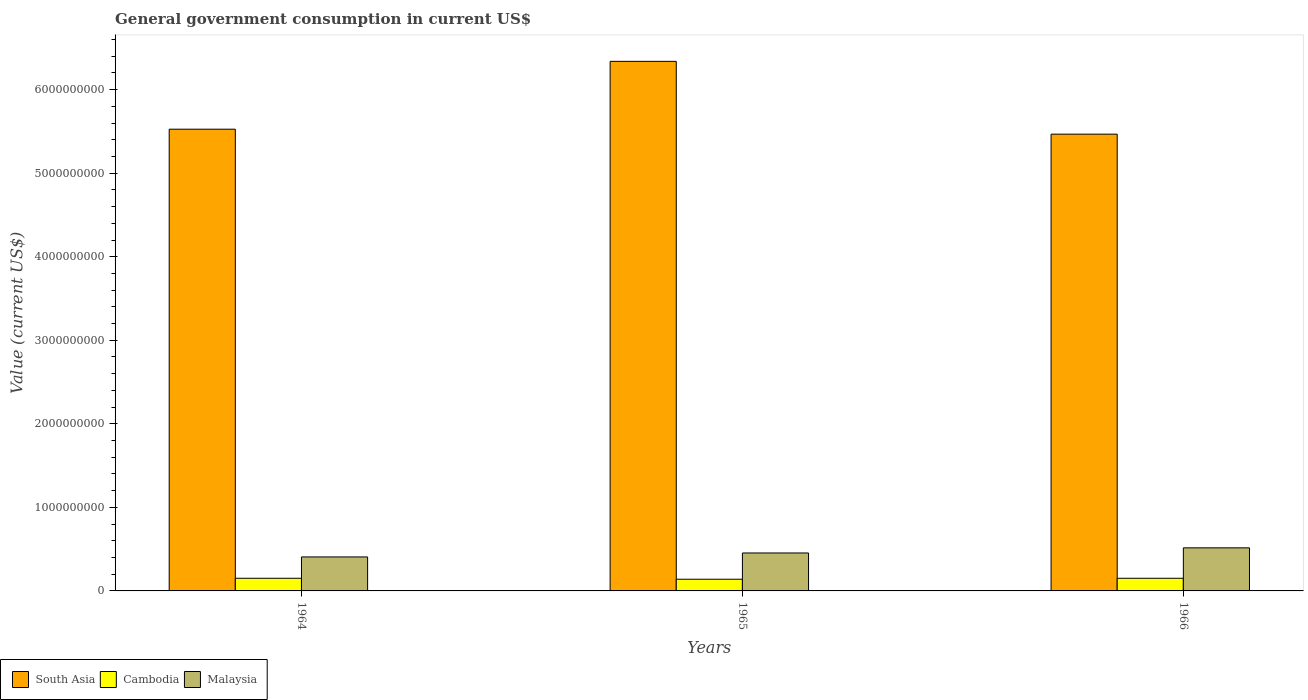
| Years | South Asia | Cambodia | Malaysia |
 | --- | --- | --- | --- |
 | 1964 | 5.53e+09 | 1.51e+08 | 4.07e+08 |
 | 1965 | 6.34e+09 | 1.4e+08 | 4.54e+08 |
 | 1966 | 5.47e+09 | 1.51e+08 | 5.16e+08 |